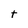
Character: t